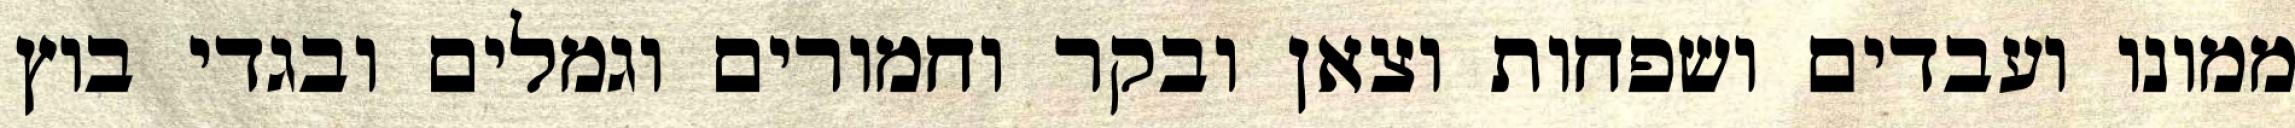
ממונו ועבדים ושפחות וצאן ובקר וחמורים וגמלים ובגדי בוץ